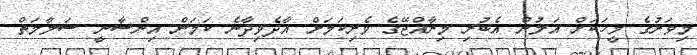
މިވަރުގެ މީހަކަށް އަލުން އެބުރި މިރާއްޖޭގެ ވެރިކަމަށް އާދެވިދާނެ ކަމަށް އިންސާނީ ސަލާމަތް